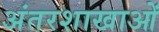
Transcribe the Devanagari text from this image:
अंतरशाखाओं